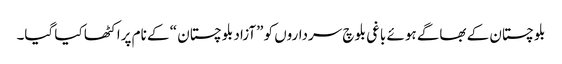
بلوچستان کے بھاگے ہوئے باغی بلوچ سرداروں کو ”آزاد بلوچستان “ کے نام پراکٹھا کیا گیا۔